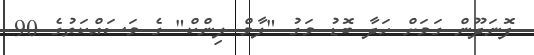
ފޮނަދޫން ގަމަށް ހަދާ ބޮޑު މަގު "ލާމް ލިންކް" ގެ މަސައްކަތުގެ 90